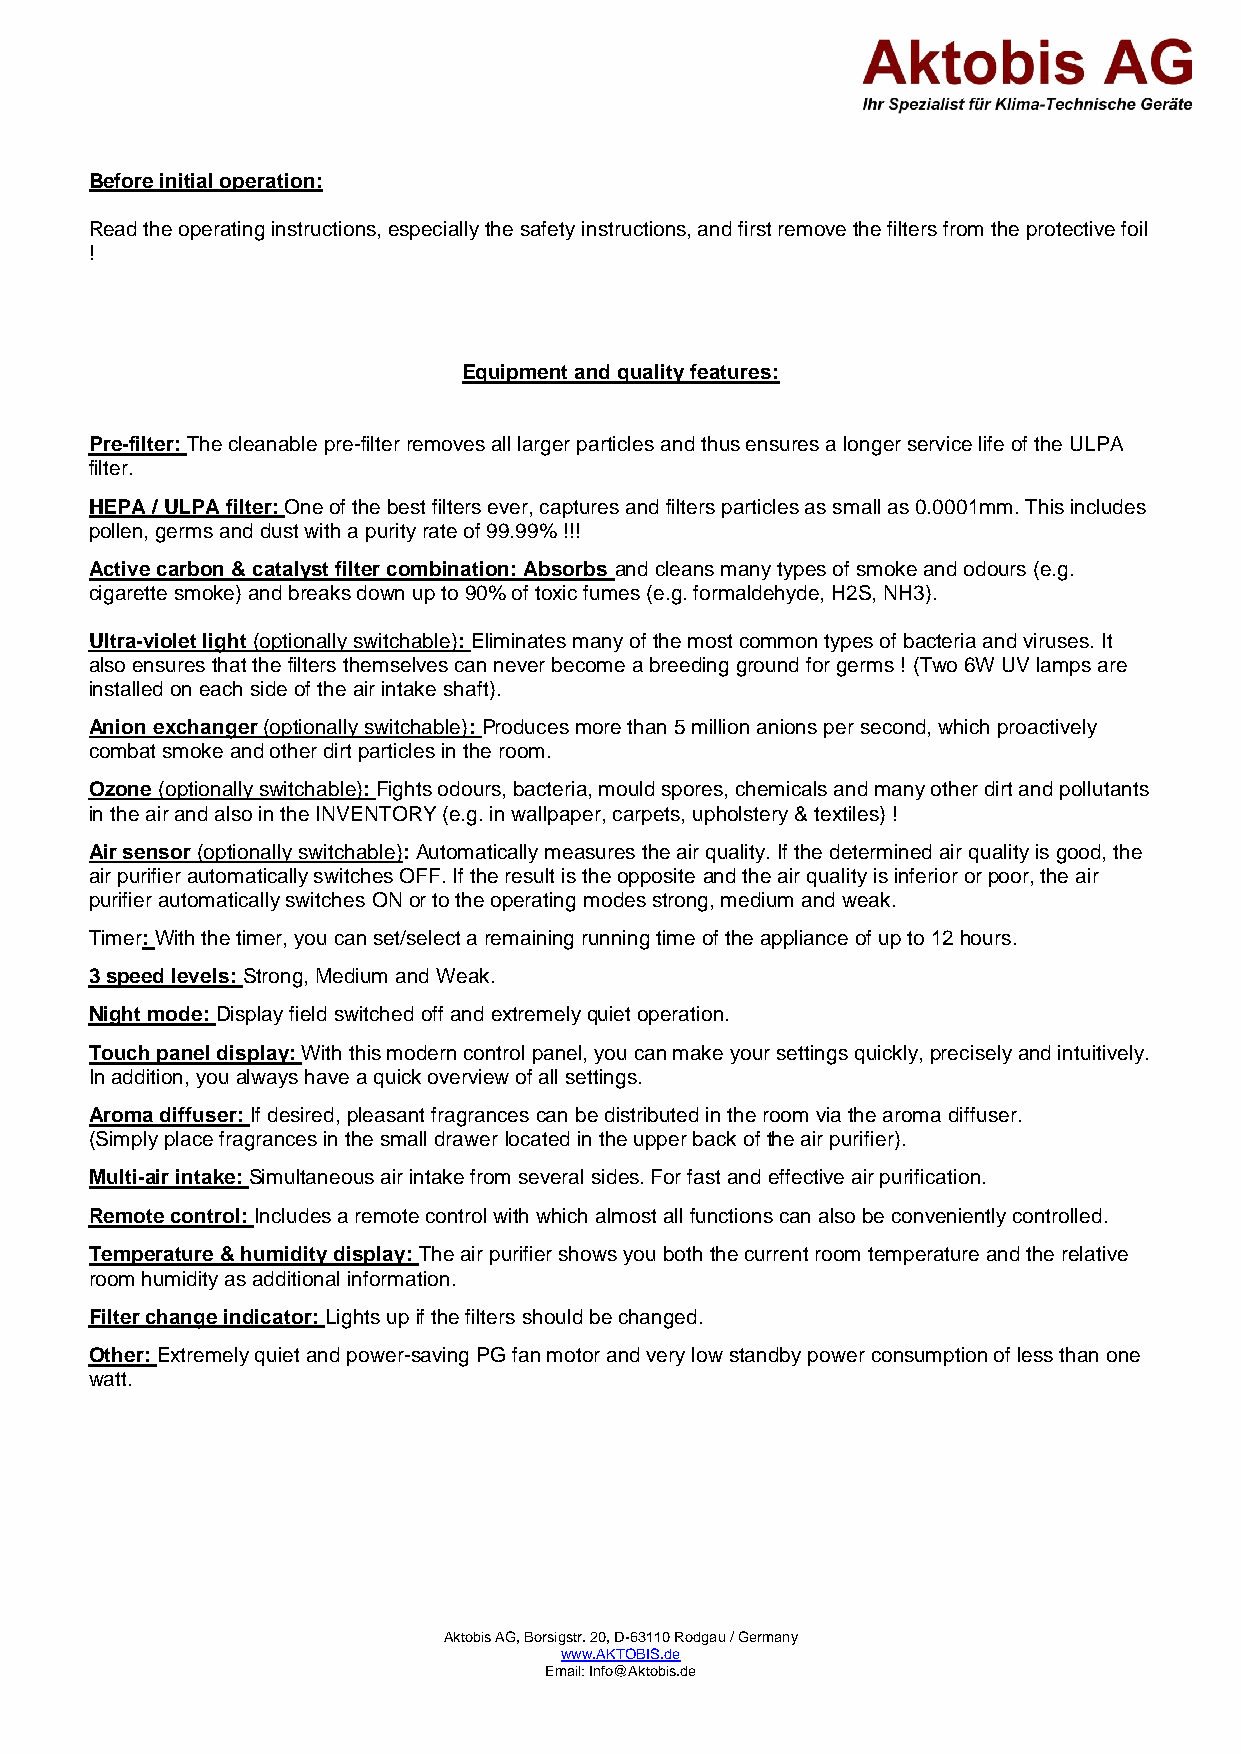
Before initial operation:
 Read the operating instructions, especially the safety instructions, and first remove the filters from the protective foil
 !
 Equipment and quality features:
 Pre-filter: The cleanable pre-filter removes all larger particles and thus ensures a longer service life of the ULPA
 filter.
 HEPA / ULPA filter: One of the best filters ever, captures and filters particles as small as 0.0001mm. This includes
 pollen, germs and dust with a purity rate of 99.99% !!!
 Active carbon & catalyst filter combination: Absorbs and cleans many types of smoke and odours (e.g.
 cigarette smoke) and breaks down up to 90% of toxic fumes (e.g. formaldehyde, H2S, NH3).
 Ultra-violet light (optionally switchable): Eliminates many of the most common types of bacteria and viruses. It
 also ensures that the filters themselves can never become a breeding ground for germs ! (Two 6W UV lamps are
 installed on each side of the air intake shaft).
 Anion exchanger (optionally switchable): Produces more than 5 million anions per second, which proactively
 combat smoke and other dirt particles in the room.
 Ozone (optionally switchable): Fights odours, bacteria, mould spores, chemicals and many other dirt and pollutants
 in the air and also in the INVENTORY (e.g. in wallpaper, carpets, upholstery & textiles) !
 Air sensor (optionally switchable): Automatically measures the air quality. If the determined air quality is good, the
 air purifier automatically switches OFF. If the result is the opposite and the air quality is inferior or poor, the air
 purifier automatically switches ON or to the operating modes strong, medium and weak.
 Timer: With the timer, you can set/select a remaining running time of the appliance of up to 12 hours.
 3 speed levels: Strong, Medium and Weak.
 Night mode: Display field switched off and extremely quiet operation.
 Touch panel display: With this modern control panel, you can make your settings quickly, precisely and intuitively.
 In addition, you always have a quick overview of all settings.
 Aroma diffuser: If desired, pleasant fragrances can be distributed in the room via the aroma diffuser.
 (Simply place fragrances in the small drawer located in the upper back of the air purifier).
 Multi-air intake: Simultaneous air intake from several sides. For fast and effective air purification.
 Remote control: Includes a remote control with which almost all functions can also be conveniently controlled.
 Temperature & humidity display: The air purifier shows you both the current room temperature and the relative
 room humidity as additional information.
 Filter change indicator: Lights up if the filters should be changed.
 Other: Extremely quiet and power-saving PG fan motor and very low standby power consumption of less than one
 watt.
 Aktobis AG, Borsigstr. 20, D-63110 Rodgau / Germany
 www.AKTOBIS.de
 Email: Info@Aktobis.de